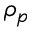
\rho _ { p }